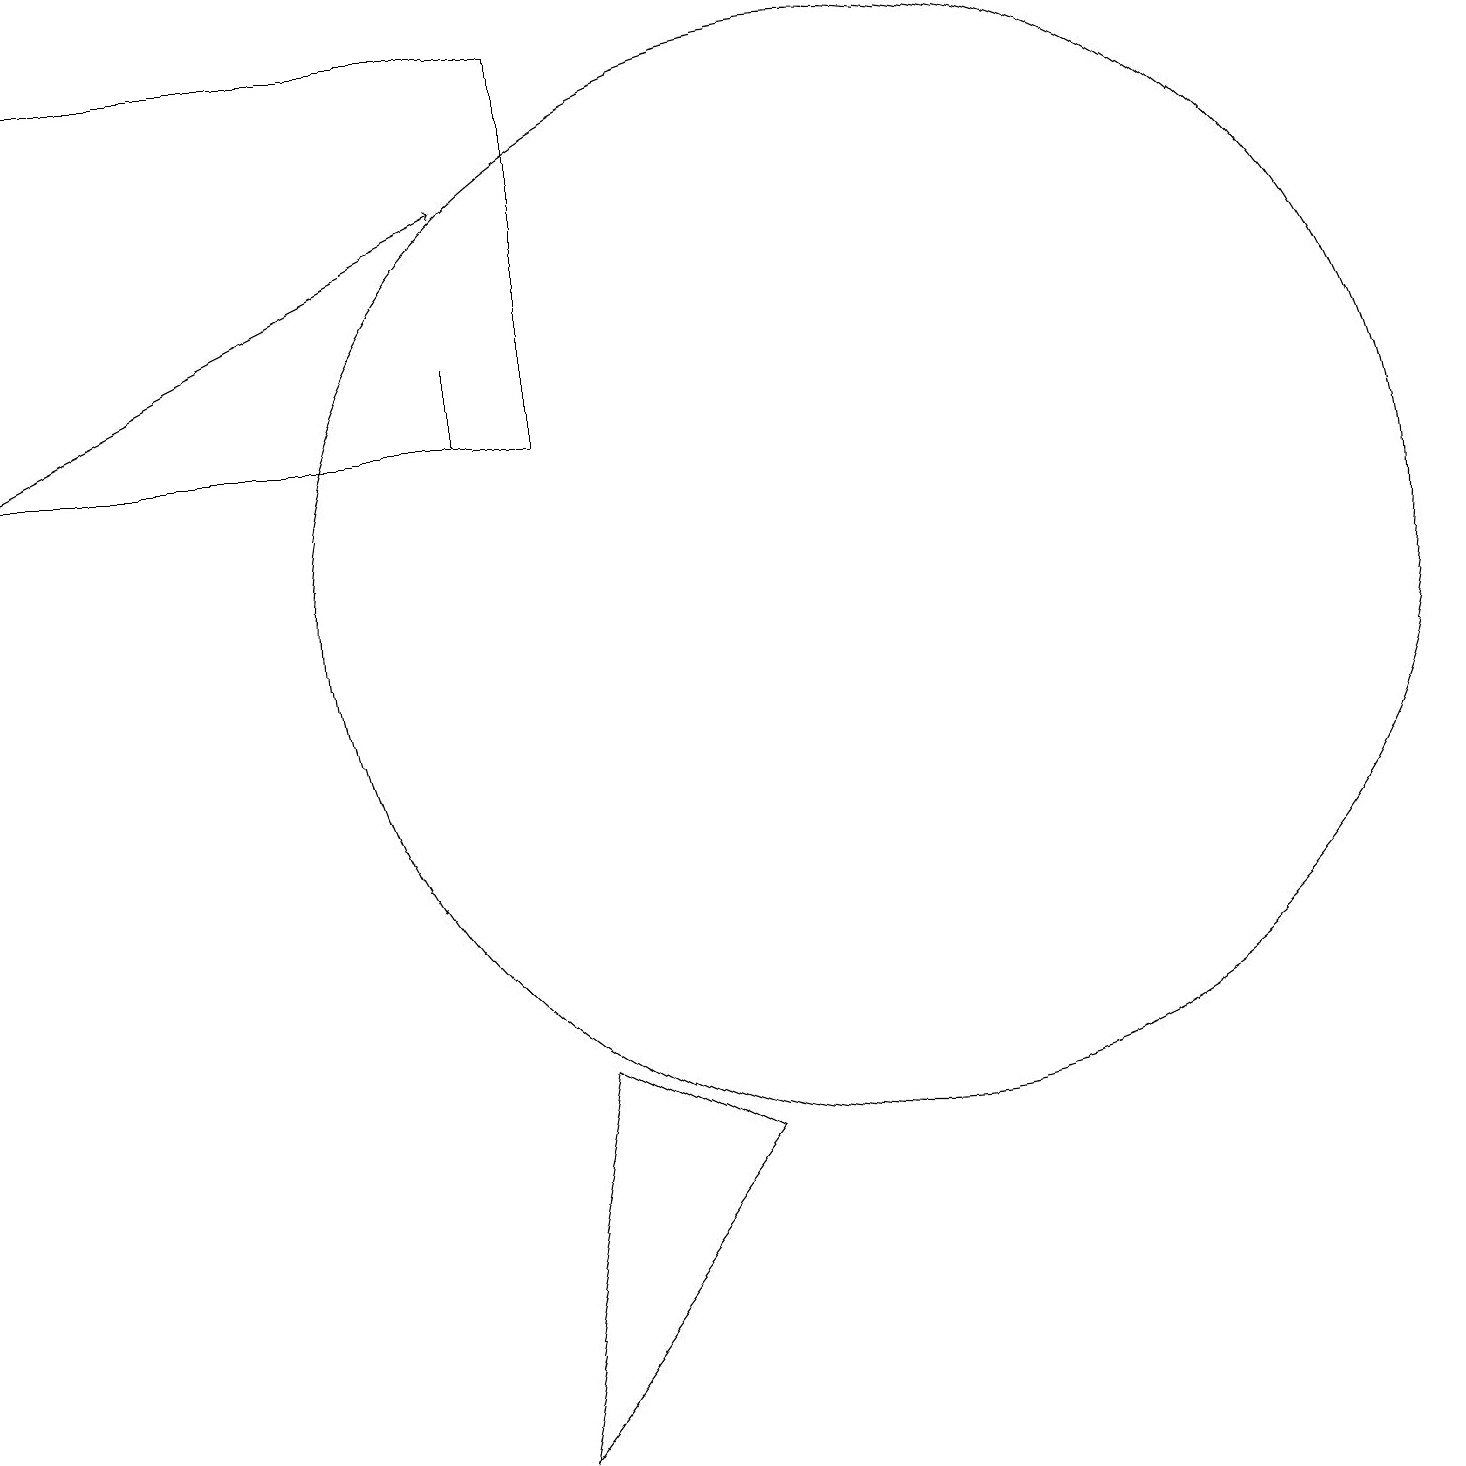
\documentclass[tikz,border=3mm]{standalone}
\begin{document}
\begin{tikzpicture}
\draw (7,5) -- (6,0) -- (9,4) -- cycle;
\draw[->] (0,13) -- (6,16);
\draw (11,11) circle (7);
\draw (0,13) rectangle (7,18);
\draw (6,14) rectangle (6,13);
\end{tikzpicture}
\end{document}